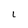
Character: L